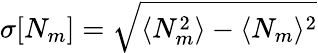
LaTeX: \sigma[N_{m}]=\sqrt{\langle N_{m}^{2}\rangle-\langle N_{m}\rangle^{2}}